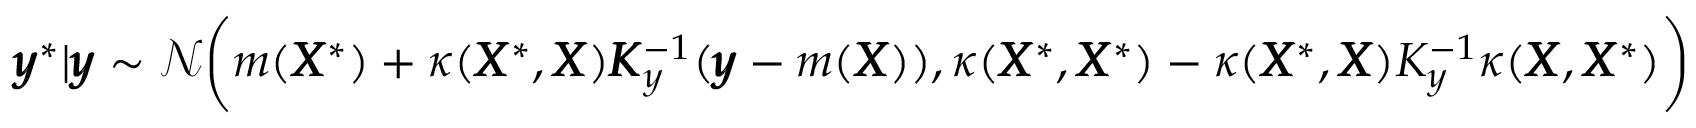
\pmb { y } ^ { \ast } | \pmb { y } \sim \mathcal { N } \bigg ( m ( \pmb { X } ^ { \ast } ) + \kappa ( \pmb { X } ^ { \ast } , \pmb { X } ) \pmb { K } _ { y } ^ { - 1 } ( \pmb { y } - m ( \pmb { X } ) ) , \kappa ( \pmb { X } ^ { \ast } , \pmb { X } ^ { \ast } ) - \kappa ( \pmb { X } ^ { \ast } , \pmb { X } ) K _ { y } ^ { - 1 } \kappa ( \pmb { X } , \pmb { X } ^ { \ast } ) \bigg )